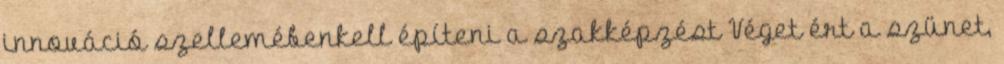
innováció szellemébenkell építeni a szakképzést Véget ért a szünet,